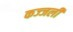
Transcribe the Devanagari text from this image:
कज्‍जली